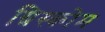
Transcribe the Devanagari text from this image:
ग्रिस्कोम